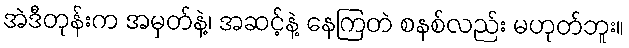
အဲဒီတုန်းက အမှတ်နဲ့၊ အဆင့်နဲ့ နေကြတဲ စနစ်လည်း မဟုတ်ဘူး။